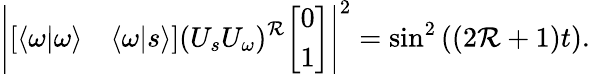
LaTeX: \left|{\left[\begin{array}{ll}{\langle\omega|\omega\rangle}&{\langle\omega|s\rangle}\end{array}\right]}(U_{s}U_{\omega})^{\mathcal{R}}{\left[\begin{array}{l}{0}\\ {1}\end{array}\right]}\right|^{2}=\sin^{2}\left((2\mathcal{R}+1)t\right).